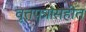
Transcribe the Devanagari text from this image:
वृत्तपत्रांसहीत